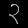
Digit: ၃